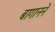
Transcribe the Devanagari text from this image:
बागानने